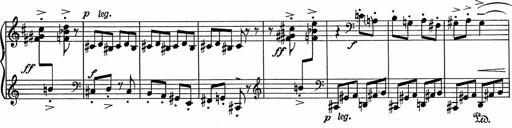
Title: 3Ã¨me Sonatine
Composer: Raffaele d' Alessandro